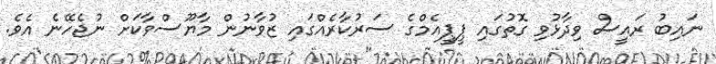
ނައިބު ރައީސް ވިދާޅުވި ގޮތުގައި ޕީޕީއެމްގެ ސަރުކާރެއްގައި ޒުވާނުން މާޔޫސްވާކަށް ނުޖެހޭނެ އެވެ.